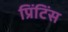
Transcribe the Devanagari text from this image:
प्रिंटिंस